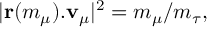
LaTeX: | { \bf r } ( m _ { \mu } ) . { \bf v } _ { \mu } | ^ { 2 } = m _ { \mu } / m _ { \tau } ,